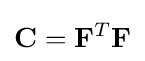
\mathbf {C} =\mathbf {F} ^{T}\mathbf {F} \,\!